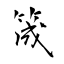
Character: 筬